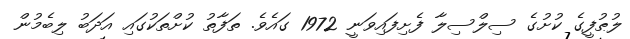
ލުޠުފީގެ ކުށުގެ ސިލްސިލާ ފެށިފައިވަނީ 1972 ގައެވެ. ތަފާތު ކުށްތަކުގައި އަދަބު ލިބެމުން